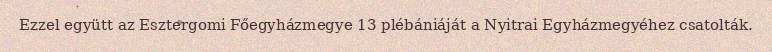
Ezzel együtt az Esztergomi Főegyházmegye 13 plébániáját a Nyitrai Egyházmegyéhez csatolták.